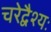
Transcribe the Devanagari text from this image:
चरेद्वैश्यः